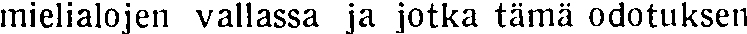
mielialojen vallassa ja jotka tämä odotuksen